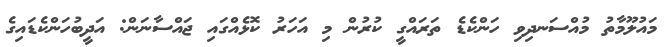
މައުލޫމާތު މުއްސަނދިވި ހަންކެޑެ ތަރައްގީ ކުރުން މި އަހަރު ކޮޅެއްގައި ޖައްސާނަން: އަދީބުހަންކެޑައިގެ